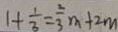
1 + \frac { 1 } { 3 } = \frac { 2 } { 3 } m + 2 m